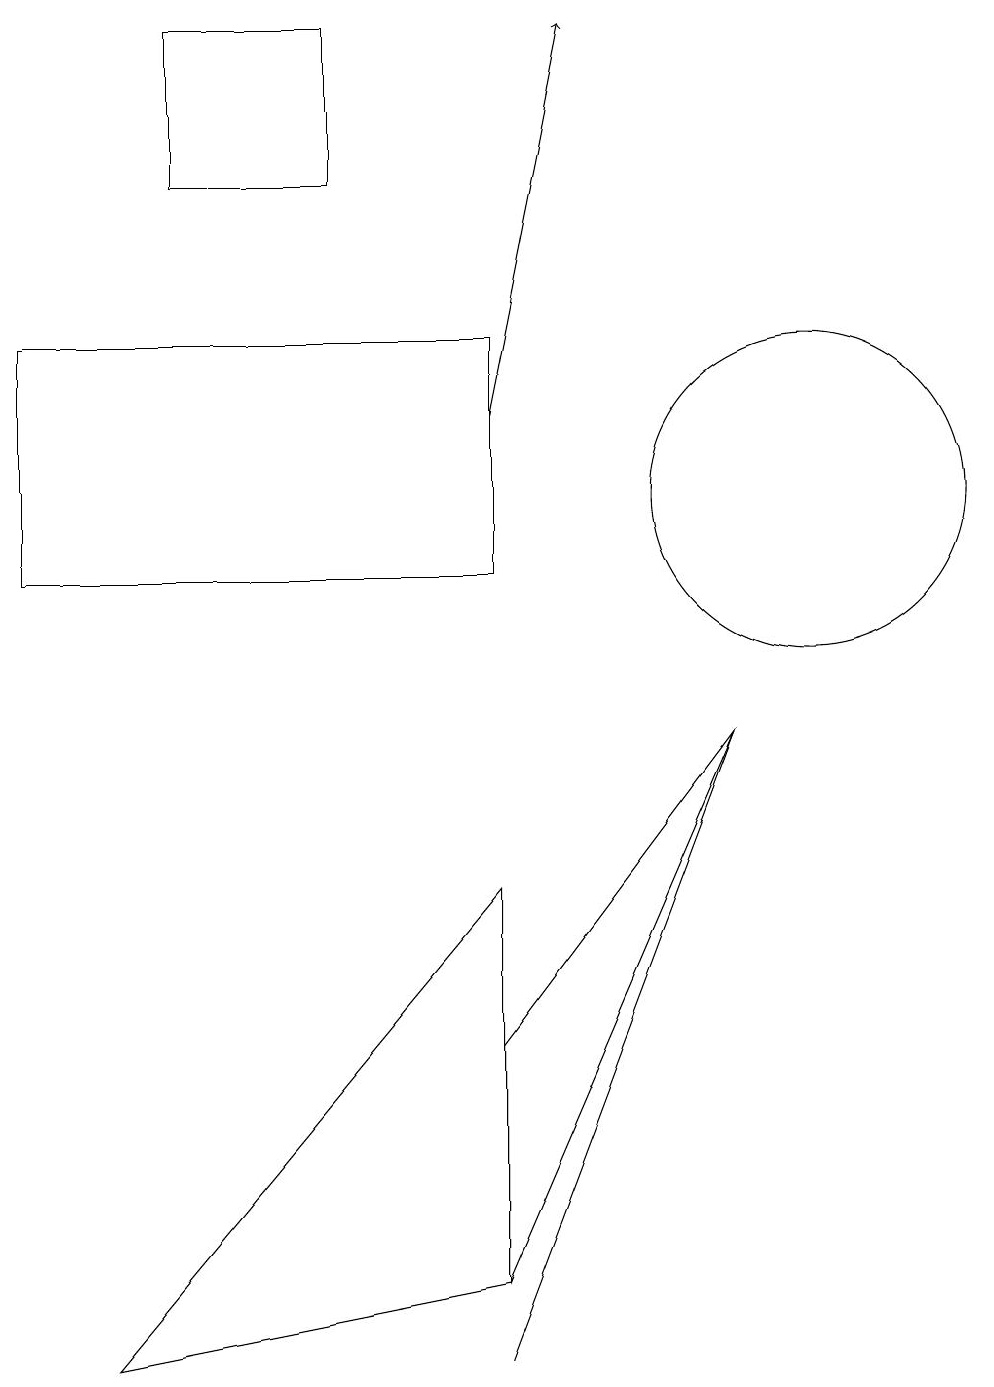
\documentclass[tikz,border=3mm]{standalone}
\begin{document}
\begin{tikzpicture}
\draw (6,1) -- (1,0) -- (6,6) -- cycle;
\draw[->] (6,12) -- (7,17);
\draw (6,0) -- (9,8) -- (9,8) -- cycle;
\draw (6,13) rectangle (0,10);
\draw (10,11) circle (2);
\draw (2,15) rectangle (4,17);
\draw (6,4) -- (9,8) -- (6,1) -- cycle;
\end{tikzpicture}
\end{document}